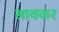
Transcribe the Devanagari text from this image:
सावकर